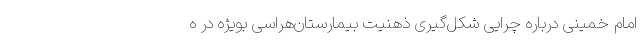
امام خمینی درباره چرایی شکل‌گیری ذهنیت بیمارستان‌هراسی بویژه در ه